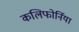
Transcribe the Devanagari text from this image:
कलिफोर्निया